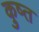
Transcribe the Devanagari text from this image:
कुष्त